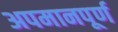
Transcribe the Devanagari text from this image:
अपमानपूर्ण